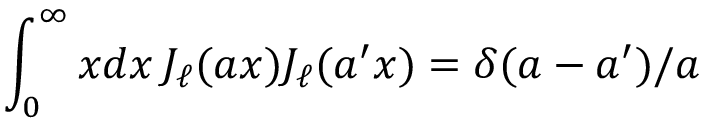
\int _ { 0 } ^ { \infty } x d x \, J _ { \ell } ( a x ) J _ { \ell } ( a ^ { \prime } x ) = \delta ( a - a ^ { \prime } ) / a